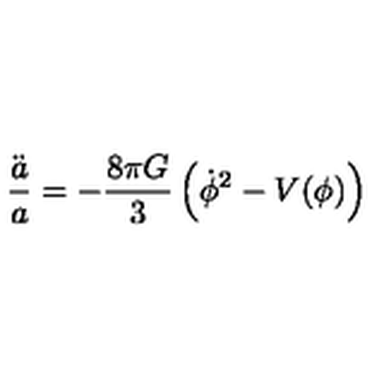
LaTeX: \frac { \ddot { a } } { a } = - \frac { 8 \pi G } { 3 } \left( \dot { \phi } ^ { 2 } - V ( \phi ) \right)